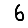
Digit: 6